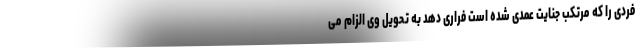
فردی را که مرتکب جنایت عمدی شده است فراری دهد به تحویل وی الزام می